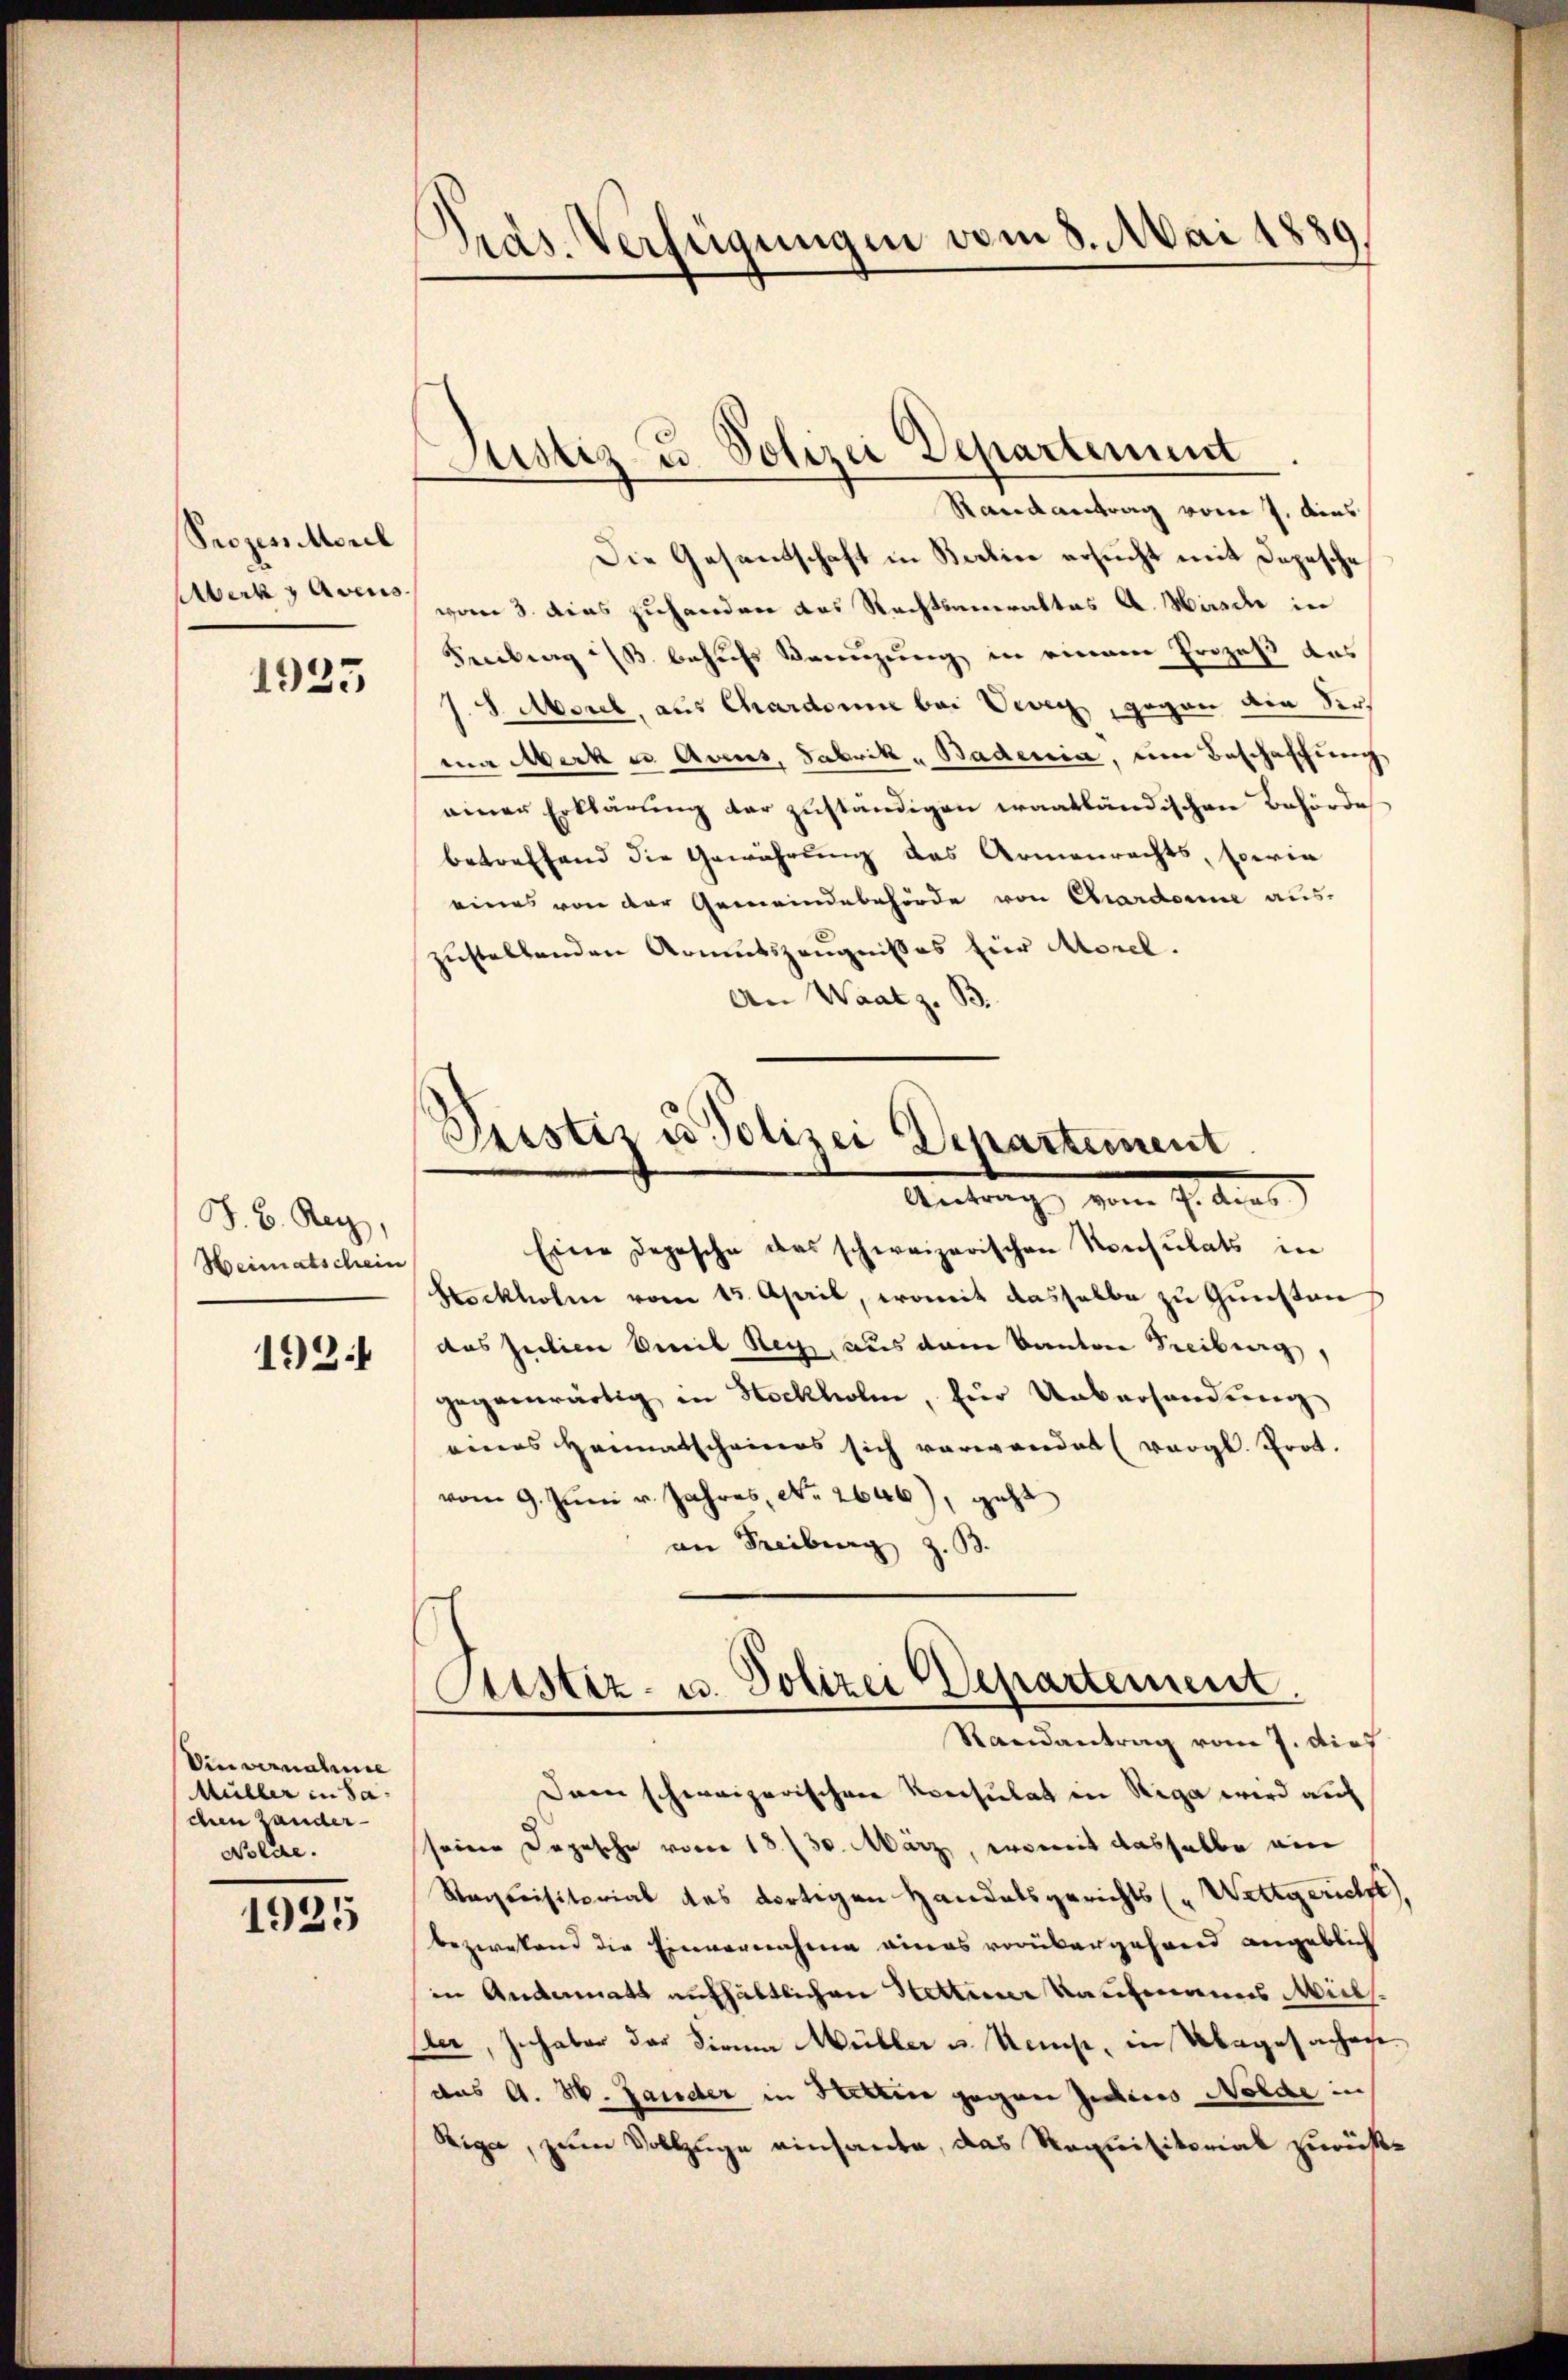
Prozess Morel
Aberke Avers

1925

J. B. Rey,
Heimatschein

192.

Die vernahme
Müller in Sachen Hander-
Nolde.

1925

Präs. Verfügungen vom 8. Mai 1880
e

Die Gesandschaft in Baline ersucht mit Depesche
vom 3. dies zuhanden das Rechtsameraltas A. Wird in
Freiburg behufs Kreuzung in einem Prozeß das
J. 8. Morel, aus Chardonne bei Vevey, gegen die Verma Aberke Avens, Fabrik - Badenia, um Beschaffung
einer Erklärung der zuständigen waatländischen Behörde
betreffend die Gewährung des Armenrechts, sowia
eines von der Gemeindebehörde von Chardonne aus-
zustellenden Armutszeugnisses für Morel.
An Waatz. B.

Justiz u. Polizei Departement
Randantrag vom 7. dies

Pustiz u. Polizei Departement
Antrag vom 2. das

Eine Depesche das schweizerischen Konsulats in
Stockholm vom 15. April, womit dasselbe zu Gunstan
das Julien Emil Reiz, aus dem Kantone Freiburg,
gegenwärtig in Stockholm, für Uebersendung
eines Heimatscheines sich vorwanden (vergl. Prot.
vom 9. Juni v. Jahres, No. 2646), geht
an Freiburg z.

Astiz- u. Polizei Departement.
Randantrag vom 7. dief

Dann schweizerischen Konsulat in Riga wird auf
seinen Depesche vorer 18 f 30. März, womit dasselbe ein
Requisitorial des dortigen Handelsgerichts (Wettgericht),
bezwekend die Einvernahme eines vorübergehand angeblich
in Andermatt aufhältlichen Stettiner Kaufmanns Mits¬
Eder, Inhaber der Firma Müller u. Neucht, in Abgesaches.
(das A. H. Lander in Herren gegen jedes Wolde in
Rige, zum Vollzuge einsaube, das Requisitorial zurück¬